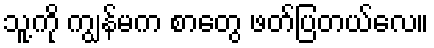
သူ့ကို ကျွန်မက စာတွေ ဖတ်ပြတယ်လေ။